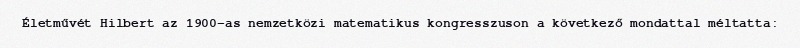
Életművét Hilbert az 1900-as nemzetközi matematikus kongresszuson a következő mondattal méltatta: